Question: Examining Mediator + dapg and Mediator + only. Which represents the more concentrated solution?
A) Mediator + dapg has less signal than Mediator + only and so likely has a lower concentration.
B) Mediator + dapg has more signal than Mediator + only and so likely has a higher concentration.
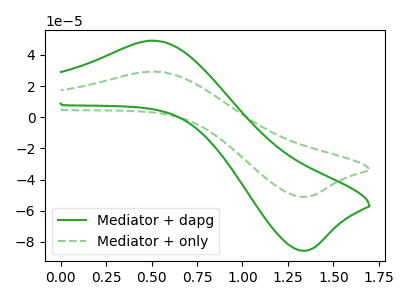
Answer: <think>The green curve "Mediator + dapg" has an anodic peak at (0.50V, 49.10uA) and a cathodic peak at (1.35V, -85.65uA). The green dashed curve "Mediator + only" has an anodic peak at (0.50V, 29.30uA) and a cathodic peak at (1.35V, -51.10uA).
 All the peaks in "Mediator + dapg" have a peak in "Mediator + only" at the same potential. Every peak in "Mediator + dapg" is higher than every peak in "Mediator + only".</think>
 <answer>B) "Mediator + dapg" has more signal than "Mediator + only" and so likely has a higher concentration.</answer>
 <eval>B</eval>